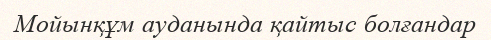
Мойынқұм ауданында қайтыс болғандар